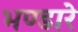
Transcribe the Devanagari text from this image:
भण्‍डारे